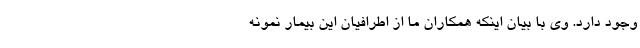
وجود دارد. وی با بیان اینکه همکاران ما از اطرافیان این بیمار نمونه